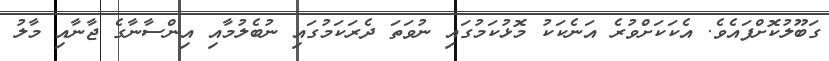
ގަބޫލުކޮށްފައެވެ. އެކަކަށްވުރެ އަނެކަކު މޮޅުކަމުގައި ނުވަތަ ދެރަކަމުގައި ނުބެލުމާއި އިންސާނާގެ ޖާނާއި މާލު